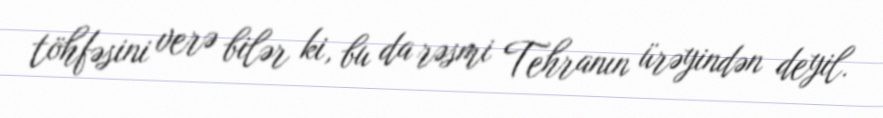
töhfəsini verə bilər ki, bu da rəsmi Tehranın ürəyindən deyil.